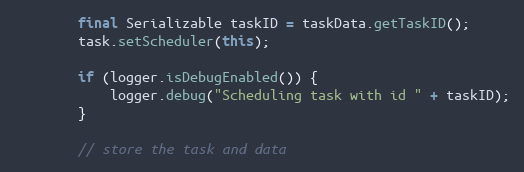
Language: Java
		final Serializable taskID = taskData.getTaskID();
		task.setScheduler(this);

		if (logger.isDebugEnabled()) {
			logger.debug("Scheduling task with id " + taskID);
		}

		// store the task and data